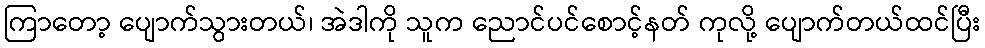
ကြာတော့ ပျောက်သွားတယ်၊ အဲဒါကို သူက ညောင်ပင်စောင့်နတ် ကုလို့ ပျောက်တယ်ထင်ပြီး